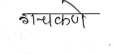
मजकूर: गचकणे